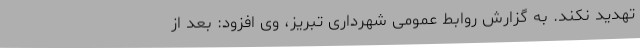
تهدید نکند. به گزارش روابط عمومی شهرداری تبریز، وی افزود: بعد از